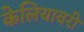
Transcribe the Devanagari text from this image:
केलियावरी